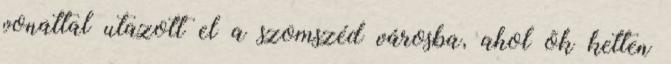
vonattal utazott el a szomszéd városba, ahol õk ketten